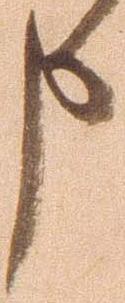
申